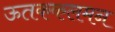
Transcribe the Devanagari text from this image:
ऊतककलमन